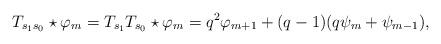
LaTeX: \begin{align*}T_{s_1s_0}\star\varphi_m=T_{s_1}T_{s_0}\star\varphi_m=q^2\varphi_{m+1}+(q-1)(q\psi_m+\psi_{m-1}),\end{align*}